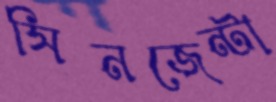
সিনজেন্টা